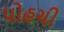
પોહચી